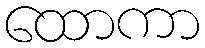
ထောကာ